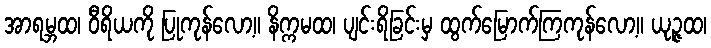
အာရမ္ဘထ၊ ဝီရိယကို ပြုကုန်လော့။ နိက္ကမထ၊ ပျင်းရိခြင်းမှ ထွက်မြောက်ကြကုန်လော့။ ယုဉ္ဇထ၊